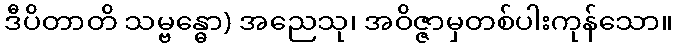
ဒီပိတာတိ သမ္ဗန္ဓော) အညေသု၊ အဝိဇ္ဇာမှတစ်ပါးကုန်သော။